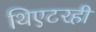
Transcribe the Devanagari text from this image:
थिएटरही